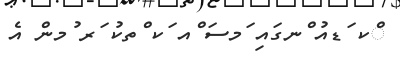
ްކ ަޑއު ްނގައި ަމސަ ްއ ަކ ްތކު ަރ ުމން އެ